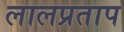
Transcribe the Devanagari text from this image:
लालप्रताप